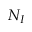
N _ { I }